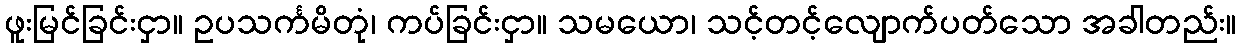
ဖူးမြင်ခြင်းငှာ။ ဥပသင်္ကမိတုံ၊ ကပ်ခြင်းငှာ။ သမယော၊ သင့်တင့်လျောက်ပတ်သော အခါတည်း။